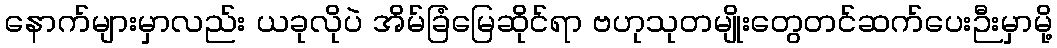
နောက်များမှာလည်း ယခုလိုပဲ အိမ်ခြံမြေဆိုင်ရာ ဗဟုသုတမျိုးတွေတင်ဆက်ပေးဉီးမှာမို့